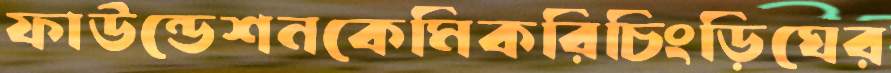
ফাউন্ডেশনকেমিকরিচিংড়িঘের